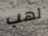
لهب